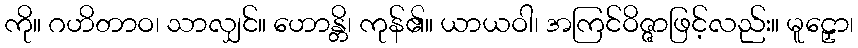
ကို။ ဂဟိတာဝ၊ သာလျှင်။ ဟောန္တိ၊ ကုန်၏။ ယာယဝါ၊ အကြင်ဝိဇ္ဇာဖြင့်လည်း။ မူဠှော၊